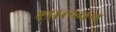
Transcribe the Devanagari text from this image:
शालवन